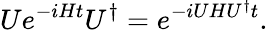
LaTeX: Ue^{-iHt}U^{\dagger}=e^{-iUHU^{\dagger}t}.